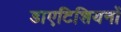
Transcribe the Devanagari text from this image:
डाएटिशियनों